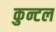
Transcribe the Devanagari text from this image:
कुन्टल